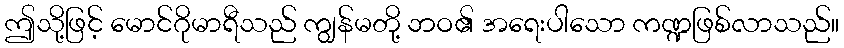
ဤသို့ဖြင့် မောင်ဂိုမာရီသည် ကျွန်မတို့ ဘဝ၏ အရေးပါသော ကဏ္ဍဖြစ်လာသည်။